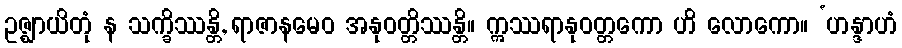
ဥဇ္ဈာယိတုံ န သက္ခိဿန္တိ, ရာဇာနမေဝ အနုဝတ္တိဿန္တိ။ ဣဿရာနုဝတ္တကော ဟိ လောကော။ ‘ဟန္ဒာဟံ